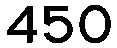
450